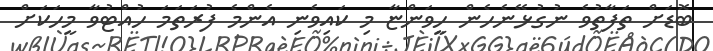
ބޮޑަށް ތަފާތުވެ ނުގުޅޭނެހެން ހީވަންޏާ މި ކައިވެނި އެންމެ ފުރަތަމަ ހުއްޓުވާ މީހަކަށް